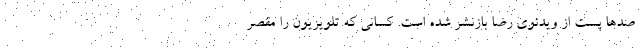
صدها پست از ویدئوی رضا بازنشر شده است. کسانی که تلویزیون را مقصر